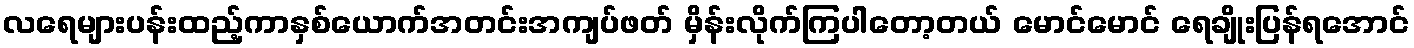
လရေများပန်းထည့်ကာနှစ်ယောက်အတင်းအကျပ်ဖတ် မှိန်းလိုက်ကြပါတော့တယ် မောင်မောင် ရေချိုးပြန်ရအောင်